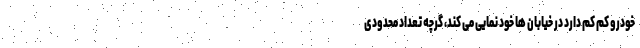
خودرو کم کم دارد در خیابان ها خود نمایی می کند، گرچه تعداد محدودی